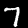
Label: 7